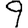
Digit: 9